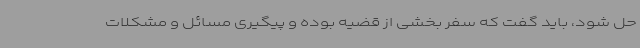
حل شود، باید گفت که سفر بخشی از قضیه بوده و پیگیری مسائل و مشکلات